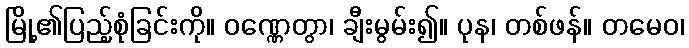
မြို့၏ပြည့်စုံခြင်းကို။ ဝဏ္ဏေတွာ၊ ချီးမွမ်း၍။ ပုန၊ တစ်ဖန်။ တမေဝ၊